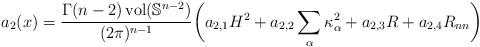
LaTeX: \begin{align*} a_2(x)=\frac{\Gamma(n-2)\operatorname{vol}(\mathbb{S}^{n-2})}{(2\pi)^{n-1}} \bigg( a_{2,1}H^2+a_{2,2}\sum_{\alpha} \kappa_\alpha^2+ a_{2,3}R+a_{2,4}R_{nn} \bigg) \end{align*}